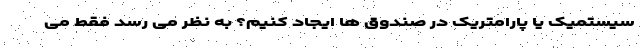
سیستمیک یا پارامتریک در صندوق ها ایجاد کنیم؟ به نظر می رسد فقط می